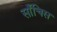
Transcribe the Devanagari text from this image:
साँचिस